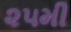
૨૫મી